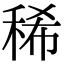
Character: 稀